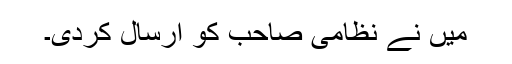
میں نے نظامی صاحب کو ارسال کردی۔